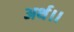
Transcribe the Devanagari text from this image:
अर्थ।।